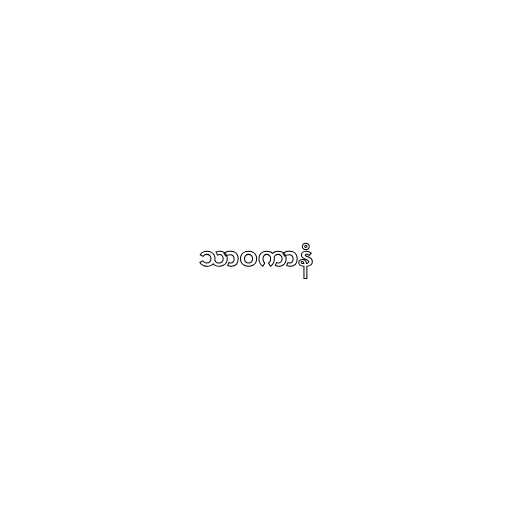
သာဝကာနံ